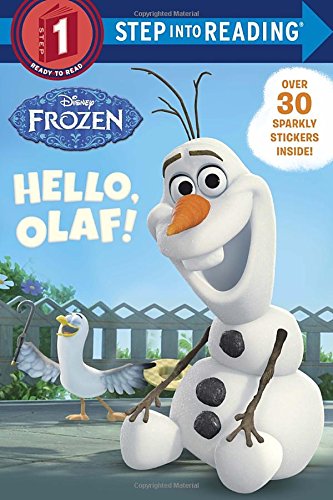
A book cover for Hello, Olaf! (Disney Frozen) (Step into Reading); Andrea Posner-Sanchez; Children's Books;